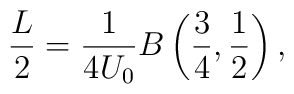
\frac{L}{2} = \frac{1}{4U_0} B\left( \frac{3}{4} ,\frac{1}{2}\right) ,